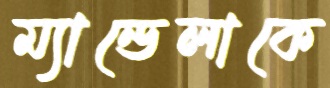
ম্যান্ডেলাকে